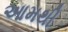
આમથી